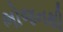
ભોજનથી